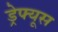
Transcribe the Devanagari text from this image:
ड्रेफ्यूस